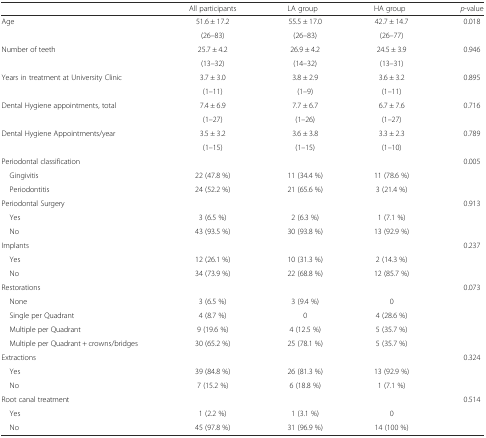
<table><thead><tr><td></td><td><b>All participants</b></td><td><b>LA group</b></td><td><b>HA group</b></td><td><b><i>p</i>-value</b></td></tr></thead><tbody><tr><td rowspan="2">Age</td><td>51.6 ± 17.2</td><td>55.5 ± 17.0</td><td>42.7 ± 14.7</td><td rowspan="2">0.018</td></tr><tr><td>(26–83)</td><td>(26–83)</td><td>(26–77)</td></tr><tr><td rowspan="2">Number of teeth</td><td>25.7 ± 4.2</td><td>26.9 ± 4.2</td><td>24.5 ± 3.9</td><td rowspan="2">0.946</td></tr><tr><td>(13–32)</td><td>(14–32)</td><td>(13–31)</td></tr><tr><td rowspan="2">Years in treatment at University Clinic</td><td>3.7 ± 3.0</td><td>3.8 ± 2.9</td><td>3.6 ± 3.2</td><td rowspan="2">0.895</td></tr><tr><td>(1–11)</td><td>(1–9)</td><td>(1–11)</td></tr><tr><td rowspan="2">Dental Hygiene appointments, total</td><td>7.4 ± 6.9</td><td>7.7 ± 6.7</td><td>6.7 ± 7.6</td><td rowspan="2">0.716</td></tr><tr><td>(1–27)</td><td>(1–26)</td><td>(1–27)</td></tr><tr><td rowspan="2">Dental Hygiene Appointments/year</td><td>3.5 ± 3.2</td><td>3.6 ± 3.8</td><td>3.3 ± 2.3</td><td rowspan="2">0.789</td></tr><tr><td>(1–15)</td><td>(1–15)</td><td>(1–10)</td></tr><tr><td>Periodontal classification</td><td></td><td></td><td></td><td rowspan="3">0.005</td></tr><tr><td> Gingivitis</td><td>22 (47.8 %)</td><td>11 (34.4 %)</td><td>11 (78.6 %)</td></tr><tr><td> Periodontitis</td><td>24 (52.2 %)</td><td>21 (65.6 %)</td><td>3 (21.4 %)</td></tr><tr><td>Periodontal Surgery</td><td></td><td></td><td></td><td rowspan="3">0.913</td></tr><tr><td> Yes</td><td>3 (6.5 %)</td><td>2 (6.3 %)</td><td>1 (7.1 %)</td></tr><tr><td> No</td><td>43 (93.5 %)</td><td>30 (93.8 %)</td><td>13 (92.9 %)</td></tr><tr><td>Implants</td><td></td><td></td><td></td><td rowspan="3">0.237</td></tr><tr><td> Yes</td><td>12 (26.1 %)</td><td>10 (31.3 %)</td><td>2 (14.3 %)</td></tr><tr><td> No</td><td>34 (73.9 %)</td><td>22 (68.8 %)</td><td>12 (85.7 %)</td></tr><tr><td>Restorations</td><td></td><td></td><td></td><td rowspan="5">0.073</td></tr><tr><td> None</td><td>3 (6.5 %)</td><td>3 (9.4 %)</td><td>0</td></tr><tr><td> Single per Quadrant</td><td>4 (8.7 %)</td><td>0</td><td>4 (28.6 %)</td></tr><tr><td> Multiple per Quadrant</td><td>9 (19.6 %)</td><td>4 (12.5 %)</td><td>5 (35.7 %)</td></tr><tr><td> Multiple per Quadrant + crowns/bridges</td><td>30 (65.2 %)</td><td>25 (78.1 %)</td><td>5 (35.7 %)</td></tr><tr><td>Extractions</td><td></td><td></td><td></td><td rowspan="3">0.324</td></tr><tr><td> Yes</td><td>39 (84.8 %)</td><td>26 (81.3 %)</td><td>13 (92.9 %)</td></tr><tr><td> No</td><td>7 (15.2 %)</td><td>6 (18.8 %)</td><td>1 (7.1 %)</td></tr><tr><td>Root canal treatment</td><td></td><td></td><td></td><td rowspan="3">0.514</td></tr><tr><td> Yes</td><td>1 (2.2 %)</td><td>1 (3.1 %)</td><td>0</td></tr><tr><td> No</td><td>45 (97.8 %)</td><td>31 (96.9 %)</td><td>14 (100 %)</td></tr></tbody></table>